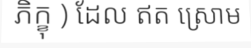
ភិក្ខុ ) ដែល ឥត ស្រោម